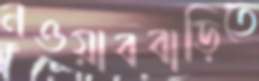
নওয়াববাড়িতে